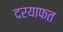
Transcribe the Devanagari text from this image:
दरयाफत